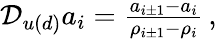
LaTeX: \begin{array}{r}{\mathcal{D}_{u(d)}a_{i}=\frac{a_{i\pm 1}-a_{i}}{\rho_{i\pm 1}-\rho_{i}}\, ,}\end{array}